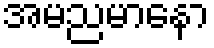
အမညမာနော